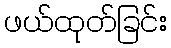
ဖယ်ထုတ်ခြင်း